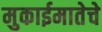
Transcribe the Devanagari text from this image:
मुकाईमातेचे